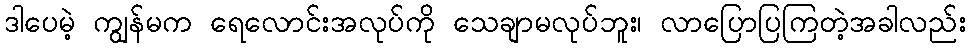
ဒါပေမဲ့ ကျွန်မက ရေလောင်းအလုပ်ကို သေချာမလုပ်ဘူး၊ လာပြောပြကြတဲ့အခါလည်း